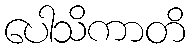
ပေါသိကာတိ